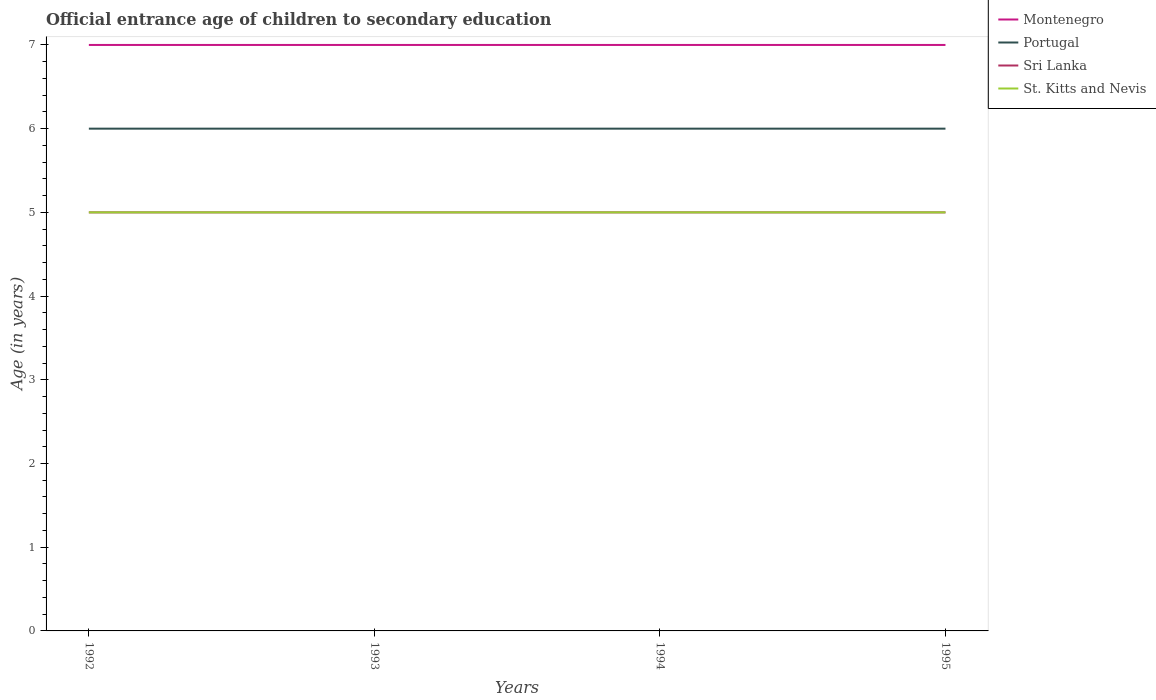
| Years | Montenegro | Portugal | Sri Lanka | St. Kitts and Nevis |
 | --- | --- | --- | --- | --- |
 | 1992 | 7 | 6 | 5 | 5 |
 | 1993 | 7 | 6 | 5 | 5 |
 | 1994 | 7 | 6 | 5 | 5 |
 | 1995 | 7 | 6 | 5 | 5 |